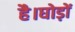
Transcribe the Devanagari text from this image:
है।घोड़ों